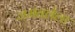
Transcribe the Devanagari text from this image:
जमवलेला